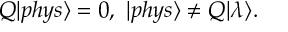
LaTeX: Q | p h y s \rangle = 0 , ~ | p h y s \rangle \ne Q | \lambda \rangle .